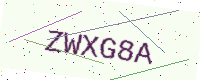
Text: ZWXG8A